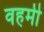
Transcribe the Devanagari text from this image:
वहमी